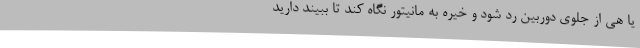
یا هی از جلوی دوربین رد شود و خیره به مانیتور نگاه کند تا ببیند دارید